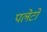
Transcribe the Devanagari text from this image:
पलेटो